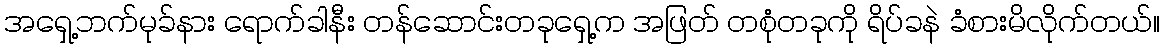
အရှေ့ဘက်မုခ်နား ရောက်ခါနီး တန်ဆောင်းတခုရှေ့က အဖြတ် တစုံတခုကို ရိပ်ခနဲ ခံစားမိလိုက်တယ်။